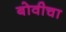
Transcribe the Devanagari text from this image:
बोवीचा